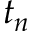
t _ { n }